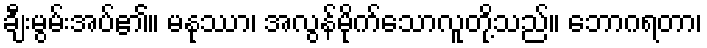
ချီးမွမ်းအပ်၏။ မနုဿာ၊ အလွန်မိုက်သောလူတို့သည်။ ဘောဂရတာ၊